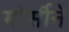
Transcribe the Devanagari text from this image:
मोर्सीने